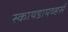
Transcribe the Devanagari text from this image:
स्कायडायव्हर्स